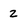
Character: 2